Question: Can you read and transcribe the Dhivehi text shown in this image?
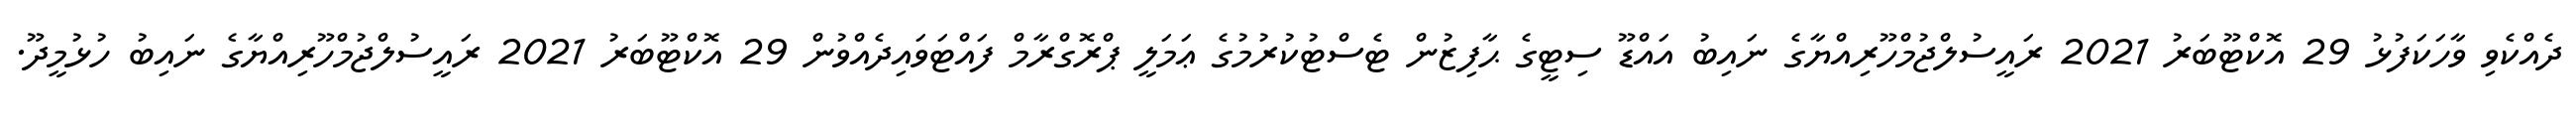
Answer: ދެއްކެވި ވާހަކަފުޅު 29 އޮކްޓޫބަރު 2021 ރައީސުލްޖުމްހޫރިއްޔާގެ ނައިބު އައްޑޫ ސިޓީގެ ޙާފިޒުން ޓެސްޓުކުރުމުގެ ޢަމަލީ ޕްރޮގްރާމް ފައްޓަވައިދެއްވުން 29 އޮކްޓޫބަރު 2021 ރައީސުލްޖުމްހޫރިއްޔާގެ ނައިބު ހުޅުމީދޫ.